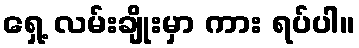
ရှေ့ လမ်းချိုးမှာ ကား ရပ်ပါ။